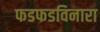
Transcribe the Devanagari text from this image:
फडफडविनारा